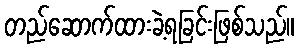
တည်ဆောက်ထားခဲ့ရခြင်းဖြစ်သည်။